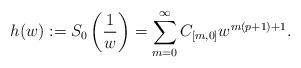
LaTeX: \begin{align*}h(w):=S_{0}\left(\frac{1}{w}\right)=\sum_{m=0}^{\infty}C_{[m,0]}w^{m(p+1)+1}.\end{align*}